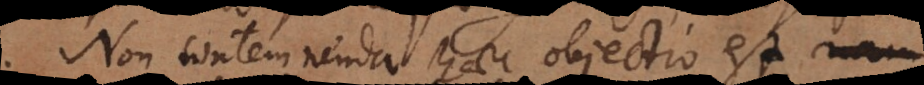
Non contemnenda haec objectio est,